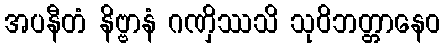
အပနီတံ နိဗ္ဗာနံ ဂဏှိဿသိ သုဝိဘတ္တာနေဝ